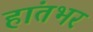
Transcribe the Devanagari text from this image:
हांतभर